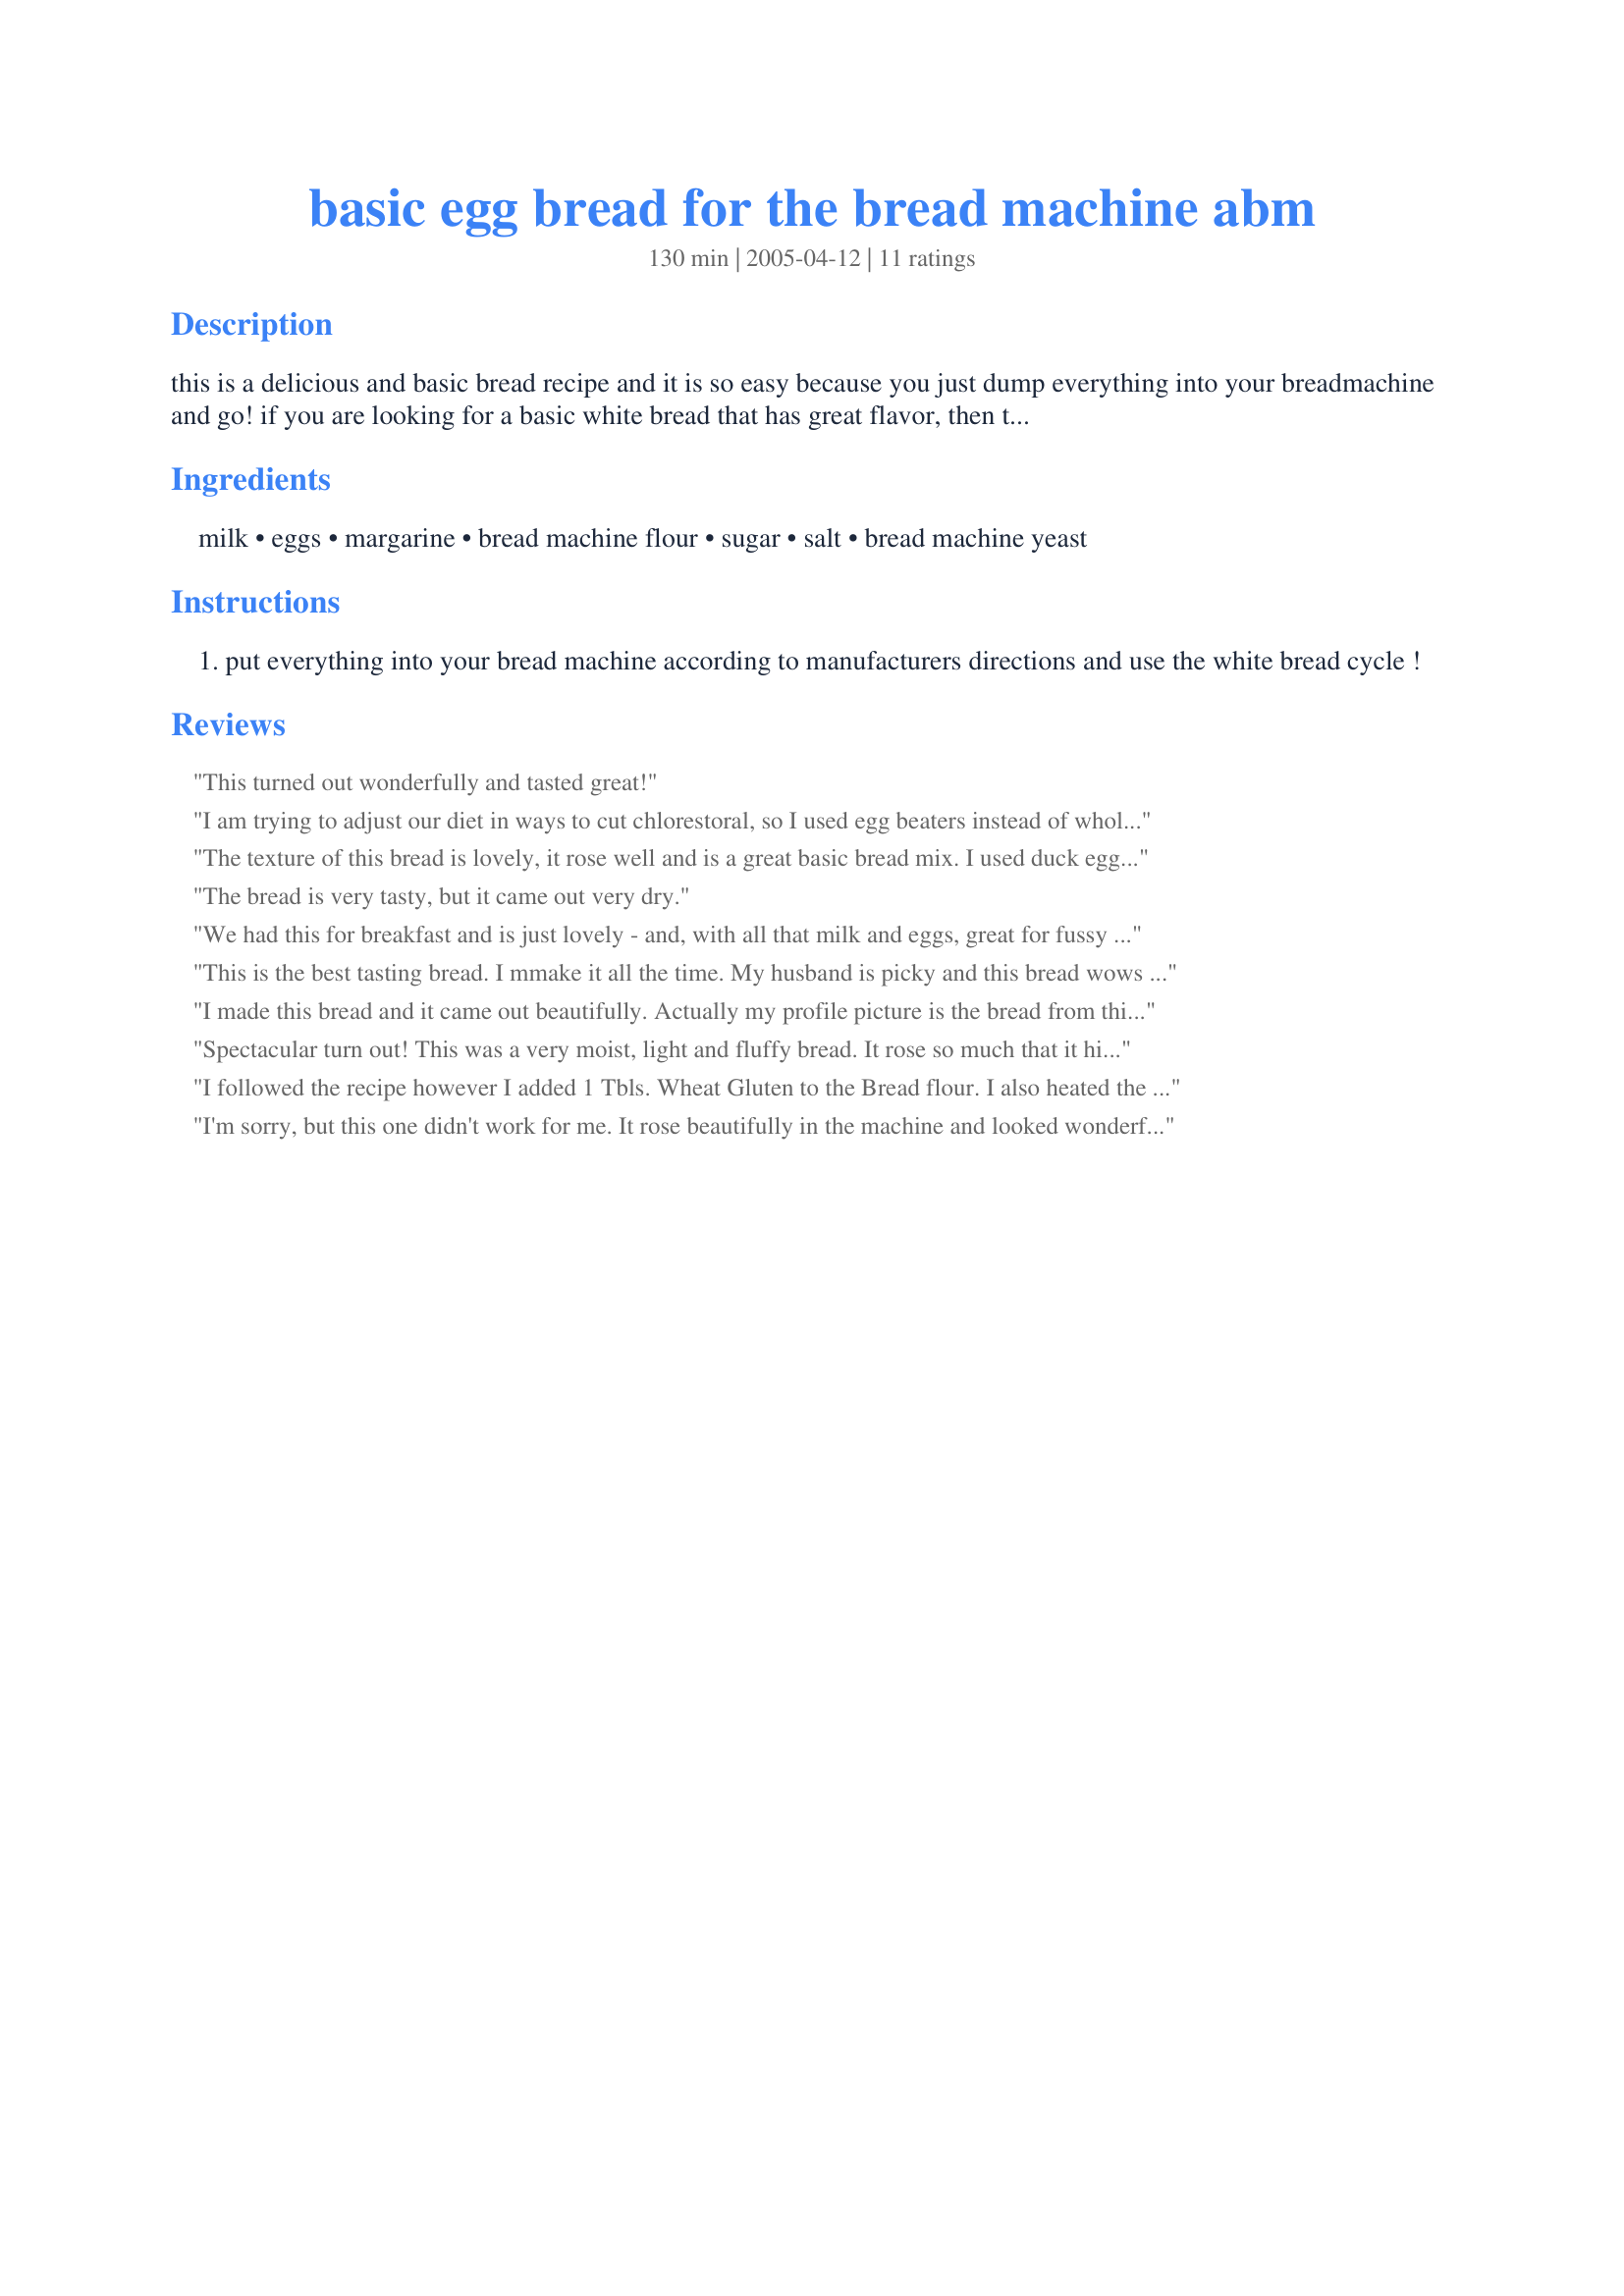
basic egg bread for the bread machine abm
Preparation time: 130 minutes

this is a delicious and basic bread recipe and it is so easy because you just dump everything into your breadmachine and go! if you are looking for a basic white bread that has great flavor, then this recipe is for you!

Ingredients:
milk, eggs, margarine, bread machine flour, sugar, salt, bread machine yeast

Steps:
put everything into your bread machine according to manufacturers directions and use the white bread cycle !

Reviews:
This turned out wonderfully and tasted great!
I am trying to adjust our diet in ways to cut chlorestoral, so I used egg beaters instead of whole eggs. I also added some bran. I used a whole package of yeast instead of 2 teaspoons. I have been experimenting with a huge variety of recipes. This is the tasting bread yet. Not too sweet or bland. It didn't rise as much as I expected and wasn't quite as soft as I like. I am going to play with it since the flavor is so great. Even without a huge rise and the extra firmness it is still a wonderful bread. Am making it again tonight. Thanks.
The texture of this bread is lovely, it rose well and is a great basic bread mix. I used duck eggs for the eggs and they worked a treat. Would love to experiment with additions to this recipe, thanks for posting!
The bread is very tasty, but it came out very dry.
We had this for breakfast and is just lovely - and, with all that milk and eggs, great for fussy kids. I had to add quite a lot more fluid (I used water) as the dough was way too dry. I added at least 1/3 of a cup more, but could have added maybe another tablespoon more than that. I guess that flours vary from place to place. Thanks for sharing.
This is the best tasting bread. I mmake it all the time. My husband is picky and this bread wows him. Great for any type of sandwich.
I made this bread and it came out beautifully. Actually my profile picture is the bread from this recipe. I did,however, add a little bit more milk to the recipe.
Spectacular turn out! This was a very moist, light and fluffy bread. It rose so much that it hit the top of my machine lid. I used Robin Hood Nutri Flour and added an extra 2 tablespoons of milk to account for the flour change. This will be my regular bread from now on. Thanks so much for a delicious and easy recipe.
I followed the recipe however I added 1 Tbls. Wheat Gluten to the Bread flour. I also heated the milk to 120 degrees, added the butter to melt. I also added 1 Tbls. Buttermilk powder. A pinch of Ginger (activates the yeast faster than sugar). I omitted the sugar and added Honey Powder. I&#039;m &quot;Fat&quot; conscience I used Non-fat milk. The eggs, 2 large is 10 grams of fat but with this loaf it fit a five pound bread pan, enough bread to give half to friends and family. The texture of the bread is great, light and fluffy. Recently a friend (I&#039;m a PA at a local hospital) told me about organic gluten, I&#039;m hooked. Many believe if they cut out the gluten (not those who have Celiac Disease) they&#039;ll lose weight, NOT TRUE. If you like bread and eat a lot of course you&#039;ll gain weight without exercise. Enjoy the gluten, it&#039;s very good for you.
I'm sorry, but this one didn't work for me. It rose beautifully in the machine and looked wonderful, but was very dry, had to be cut in thick slices in order not to crumble to pieces, and didn't have much flavor-but thanks for posting, anyway.
I've made this bread 3 times now. I have doubled the milk. The first time I made it, it was so dry my bread maker stopped turning....
